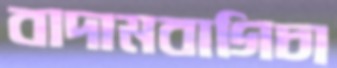
বাদামবাগিচা